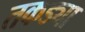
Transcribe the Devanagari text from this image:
तकड्या